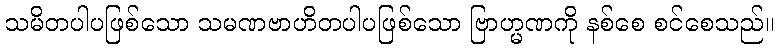
သမိတပါပဖြစ်သော သမဏဗာဟိတပါပဖြစ်သော ဗြာဟ္မဏကို နစ်စေ စင်စေသည်။